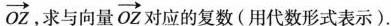
\overrightarrow{OZ}，求与向量\overrightarrow{OZ}对应的复数(用代数形式表示).